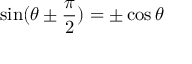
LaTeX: \sin ( \theta \pm { \frac { \pi } { 2 } } ) = \pm \cos \theta